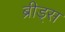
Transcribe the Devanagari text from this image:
ब्रीड्स